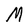
Character: M